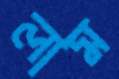
লাম